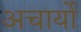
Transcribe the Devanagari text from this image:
अचार्यो